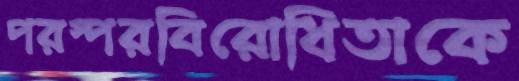
পরস্পরবিরোধিতাকে